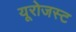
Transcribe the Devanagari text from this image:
यूरोजस्ट